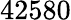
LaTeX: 42580